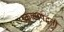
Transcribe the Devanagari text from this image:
प्रकल्पपद्धती